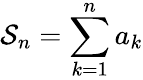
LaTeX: \mathcal{S}_{n}=\sum\limits_{k=1}^{n}a_{k}